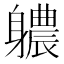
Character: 𮜻